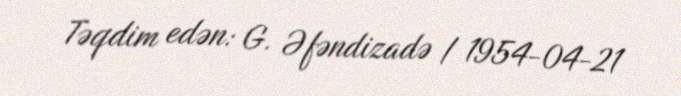
Təqdim edən: G. Əfəndizadə / 1954-04-21